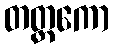
တတ္ထကော